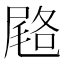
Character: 𭕨